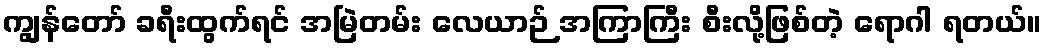
ကျွန်တော် ခရီးထွက်ရင် အမြဲတမ်း လေယာဉ် အကြာကြီး စီးလို့ဖြစ်တဲ့ ရောဂါ ရတယ်။